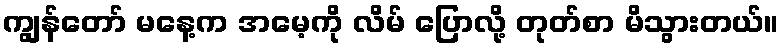
ကျွန်တော် မနေ့က အမေ့ကို လိမ် ပြောလို့ တုတ်စာ မိသွားတယ်။